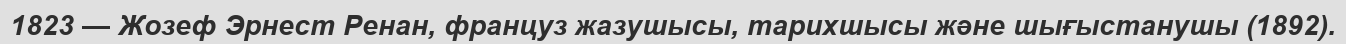
1823 — Жозеф Эрнест Ренан, француз жазушысы, тарихшысы және шығыстанушы (1892).